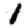
Digit: 1